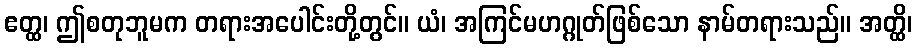
ဧတ္ထ၊ ဤစတုဘူမက တရားအပေါင်းတို့တွင်။ ယံ၊ အကြင်မဟဂ္ဂုတ်ဖြစ်သော နာမ်တရားသည်။ အတ္ထိ၊